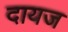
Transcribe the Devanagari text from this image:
दायज